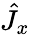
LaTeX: {\hat{J}}_{x}\,